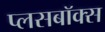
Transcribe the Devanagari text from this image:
प्लसबॉक्स